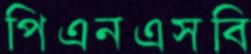
পিএনএসবি